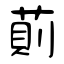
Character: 萴